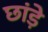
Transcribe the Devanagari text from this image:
छांड़े